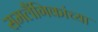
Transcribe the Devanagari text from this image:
समलैंगिकांच्या